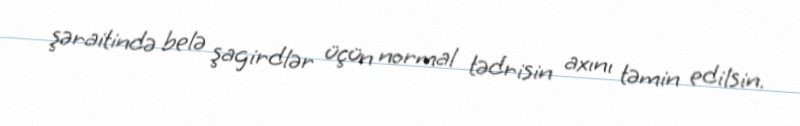
şəraitində belə şagirdlər üçün normal tədrisin axını təmin edilsin.